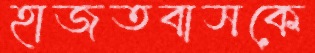
হাজতবাসকে